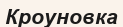
Кроуновка